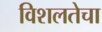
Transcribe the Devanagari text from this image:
विशलतेचा